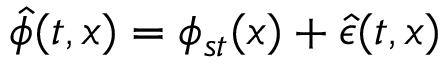
\hat { \phi } ( t , x ) = \phi _ { s t } ( x ) + \hat { \epsilon } ( t , x )